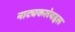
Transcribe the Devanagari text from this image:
नाट्यकलेबद्दल